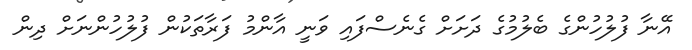
އޭނާ ފުލުހުންގެ ބެލުމުގެ ދަށަށް ގެނެސްފައި ވަނީ އާންމު ފަރާތަކުން ފުލުހުންނަށް ދިން